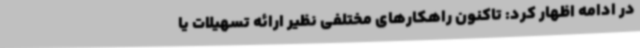
در ادامه اظهار کرد: تاکنون راهکارهای مختلفی نظیر ارائه تسهیلات یا